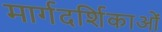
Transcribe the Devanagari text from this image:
मार्गदर्शिकाओं